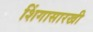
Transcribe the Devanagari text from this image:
शिंगासारखी